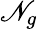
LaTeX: \mathscr{N}_{g}